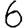
Digit: 6